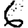
Digit: 6